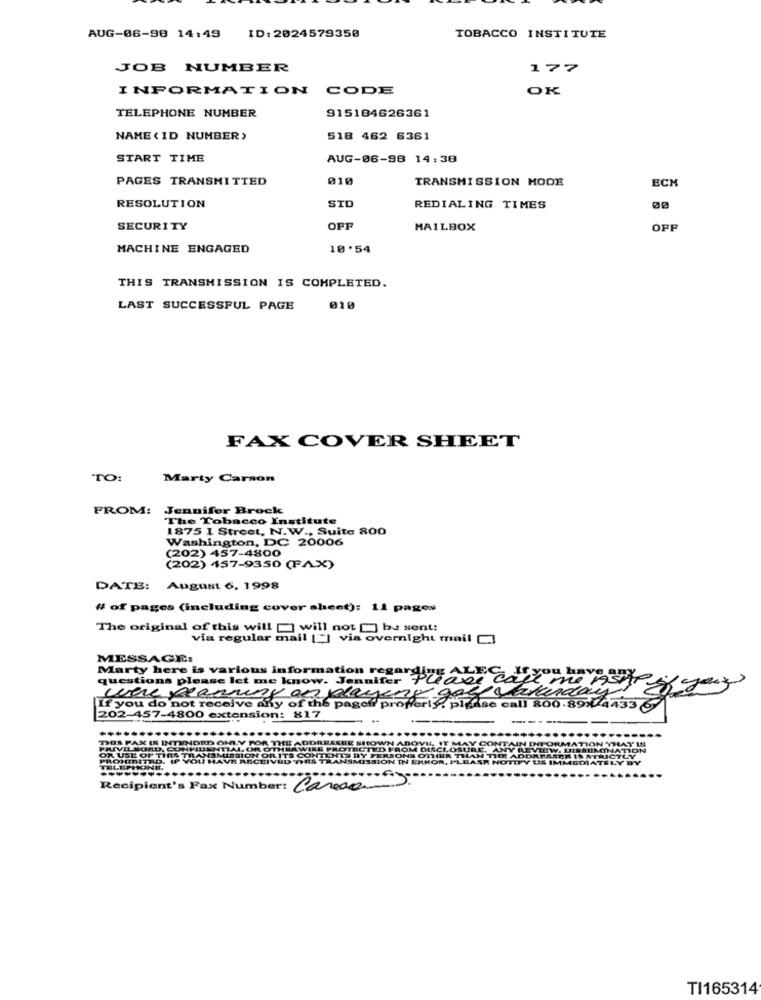
AUG-06-98 14:49 ID:2024579350
TOBACCO INSTITUTE
JOB NUMBER
177
INFORMATION
CODE
OK
TELEPHONE NUMBER
915184626361
NAME ( ID NUMBER>
518 462 6361
START TIME
AUG-06-98 14:38
PAGES TRANSMITTED
010
TRANSMISSION MODE
ECK
RESOLUTION
STD
REDIALING TIMES
00
SECURITY
OFF
MAILBOX
OPF
MACHINE ENGAGED
10'54
THIS TRANSMISSION IS COMPLETED.
LAST SUCCESSFUL PAGE
010
FAX COVER SHEET
TO:
Marty Carson
FROM:
Jennifer Brock
The Tobacco Institute
1875 1 Street, N.W ., Suite 800
Washington, DC 20006
(202) 457-4800
(202) 457-9350 (FAX)
DATE: August 6, 1998
# of pages (including cover sheet): 11 pages
The original of this will [] will not [] be sent:
via regular mail [""] via overnight mail []
MESSAGE:
Marty here is various information regarby an
questions please let me know. Jennifer
wwere planning as playing
If you do not receive any of the pageit properly. pl Alne c
202-457-4800 extension: 817
- -
---
Recipient's Fax Number: Carosa
TI165314